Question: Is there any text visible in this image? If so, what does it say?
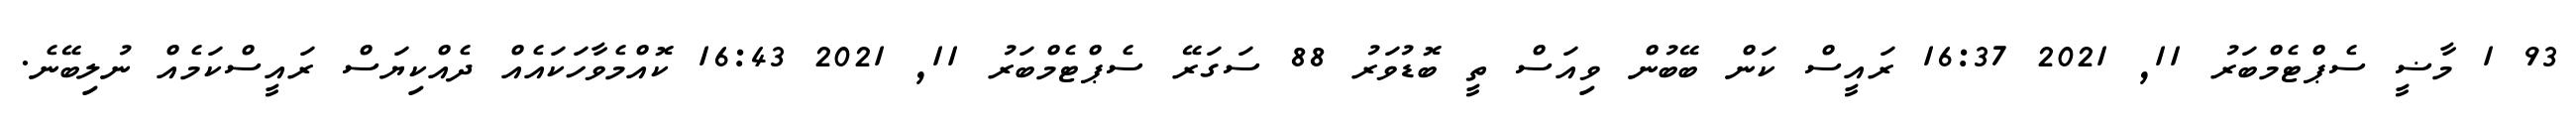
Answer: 93 1 މާޟީ ސެޕްޓެމްބަރު 11, 2021 16:37 ރައީސް ކަން ބޭބުން ވިއަސް ތީ ބޮޑުވަރު 88 ސަގަރޭ ސެޕްޓެމްބަރު 11, 2021 16:43 ކޮއްމެވާހަކައެއް ދެއްކިޔަސް ރައީސްކަމެއް ނުލިބޭނެ.